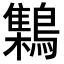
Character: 𪆐